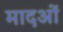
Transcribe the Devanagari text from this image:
मादओं